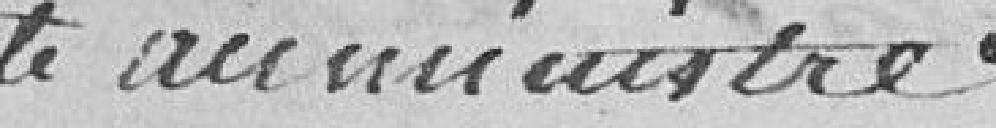
écrite au ministre [annotation marginale]